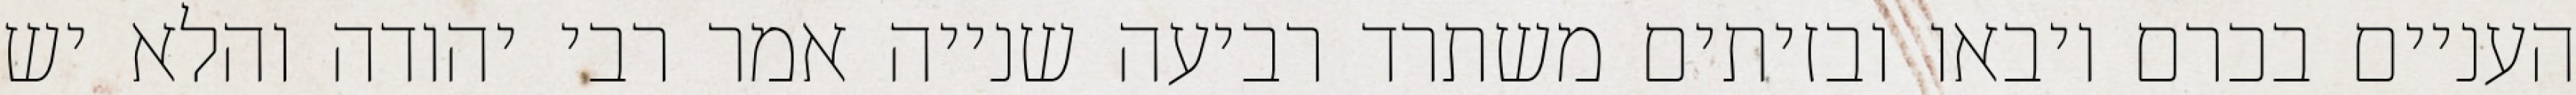
העניים בכרם ויבאו ובזיתים משתרד רביעה שנייה אמר רבי יהודה והלא יש